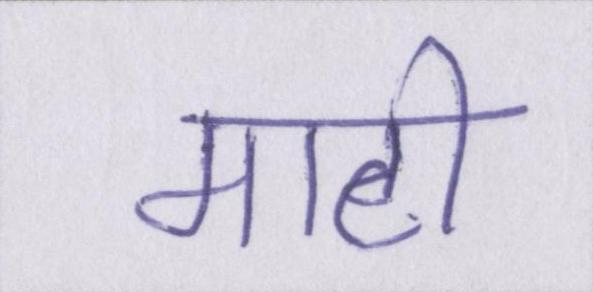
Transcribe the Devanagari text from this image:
माटी